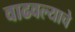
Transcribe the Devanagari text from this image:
वाढवल्याचे